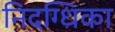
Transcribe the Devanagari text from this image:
निदग्धिका